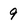
Character: 9